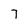
Character: 7